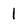
Character: 1